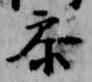
参